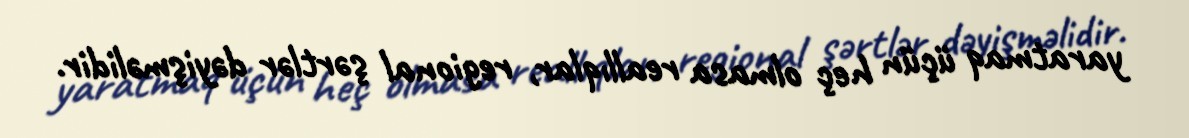
yaratmaq üçün heç olmasa reallıqlar, regional şərtlər dəyişməlidir.